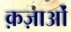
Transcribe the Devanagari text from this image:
क़ज़ाओं